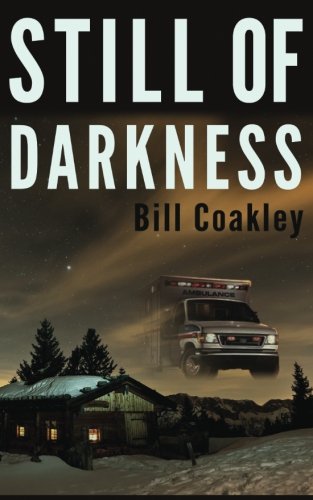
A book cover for Still of Darkness; Bill Coakley; Medical Books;